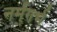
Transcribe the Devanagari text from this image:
नर्मगर्भ